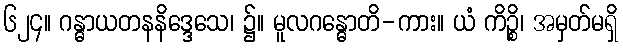
၆၂၄။ ဂန္ဓာယတနနိဒ္ဒေသေ၊ ၌။ မူလဂန္ဓောတိ-ကား။ ယံ ကိဉ္စိ၊ အမှတ်မရှိ